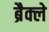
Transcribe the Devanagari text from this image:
ब्रैक्ले